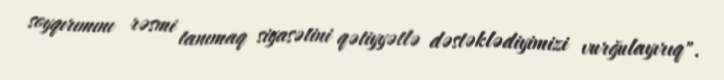
soyqırımını rəsmi tanımaq siyasətini qətiyyətlə dəstəklədiyimizi vurğulayırıq".